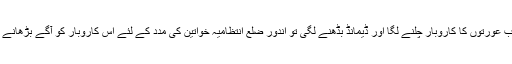
ٹرسٹ کی مدد کے بعد جب عورتوں کا کاروبار چلنے لگا اور ڈیمانڈ بڈھنے لگی تو اندور ضلع انتظامیہ خواتین کی مدد کے لئے اس کاروبار کو آگے بڑھانے کی حکمت عملی تیار کی۔